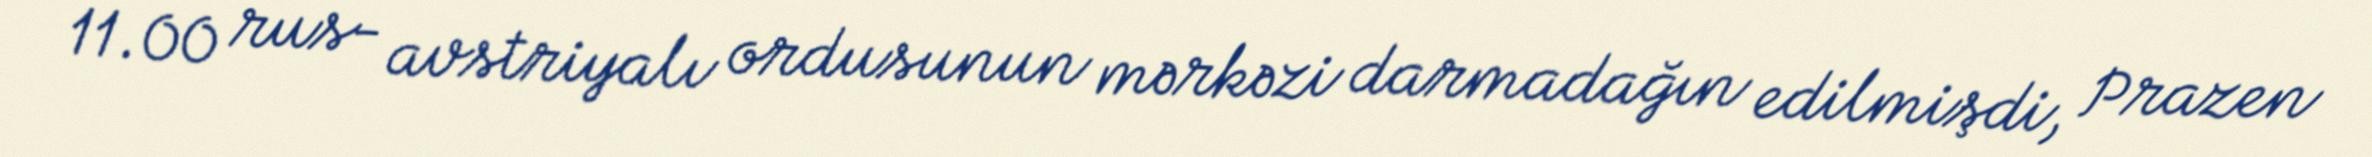
11.00 rus- avstriyalı ordusunun mərkəzi darmadağın edilmişdi, Prazen